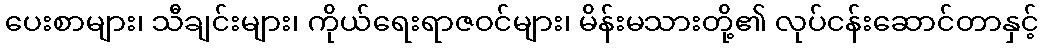
ပေးစာများ၊ သီချင်းများ၊ ကိုယ်ရေးရာဇဝင်များ၊ မိန်းမသားတို့၏ လုပ်ငန်းဆောင်တာနှင့်